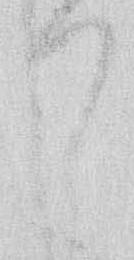
て